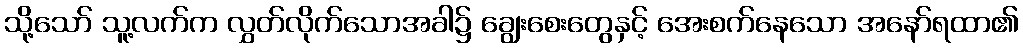
သို့သော် သူ့လက်က လွှတ်လိုက်သောအခါ၌ ချွေးစေးတွေနှင့် အေးစက်နေသော အနော်ရထာ၏